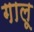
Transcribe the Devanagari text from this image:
गालू